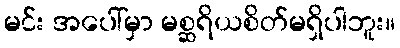
မင်း အပေါ်မှာ မစ္ဆရိယစိတ်မရှိပါဘူး။